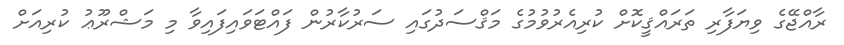
ރާއްޖޭގެ ވިޔަފާރި ތަރައްޤީކޮށް ކުރިއެރުވުމުގެ މަޤްސަދުގައި ސަރުކާރުން ފައްޓަވައިފައިވާ މި މަޝްރޫޢު ކުރިއަށް